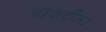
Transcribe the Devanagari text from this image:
चौकटीला